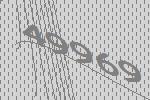
49969